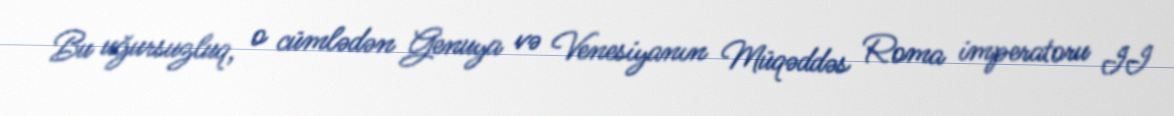
Bu uğursuzluq, o cümlədən Genuya və Venesiyanın Müqəddəs Roma imperatoru II